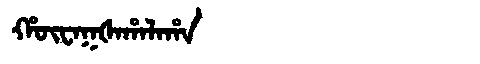
Manchu: ᡥᡡᠸᠠᡴᡧᠠᡥᠠᠯᠠᡥᠠ
Romanization: HŪWAKŠAHALAHA